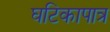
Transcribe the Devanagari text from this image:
घटिकापात्र